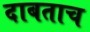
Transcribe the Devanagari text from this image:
दाबताच